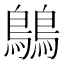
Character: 𪅝